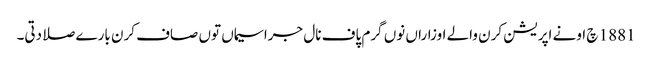
1881 چ اونے اپریشن کرن والے اوزاراں نوں گرم پاف نال جراسیماں توں صاف کرن بارے صلا دتی۔